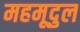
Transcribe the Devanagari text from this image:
महमूदुल